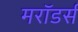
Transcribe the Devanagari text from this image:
मरॉडर्स